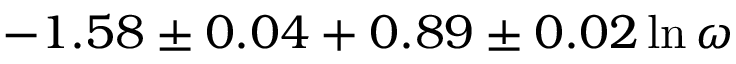
- 1 . 5 8 \pm 0 . 0 4 + 0 . 8 9 \pm 0 . 0 2 \ln \omega